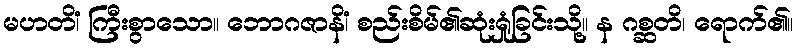
မဟတိံ၊ ကြီးစွာသော။ ဘောဂဇာနိံ၊ စည်းစိမ်၏ဆုံးရှုံခြင်းသို့။ န ဂစ္ဆတိ၊ ရောက်၏။